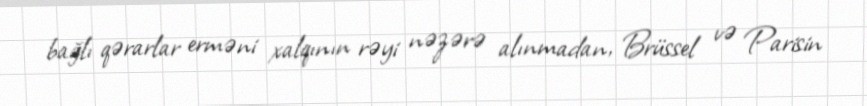
bağlı qərarlar erməni xalqının rəyi nəzərə alınmadan, Brüssel və Parisin